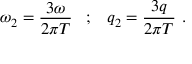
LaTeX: \omega _ { 2 } = \frac { 3 \omega } { 2 \pi T } \; \; \; ; \; \; \; q _ { 2 } = \frac { 3 q } { 2 \pi T } \ .